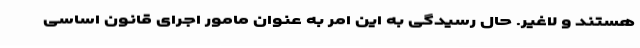
هستند و لاغیر. حال رسیدگی به این امر به عنوان مامور اجرای قانون اساسی